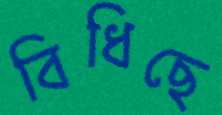
বিধিছে